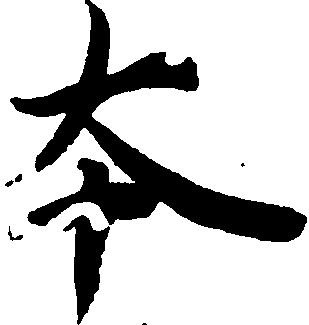
本